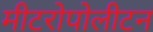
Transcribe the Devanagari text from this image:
मीटरोपोलीटन